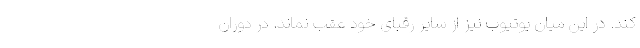
کند. در این میان یوتیوب نیز از سایر رقبای خود عقب نماند. در دوران